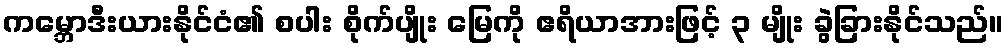
ကမ္ဘောဒီးယားနိုင်ငံ၏ စပါး စိုက်ပျိုး မြေကို ဧရိယာအားဖြင့် ၃ မျိုး ခွဲခြားနိုင်သည်။